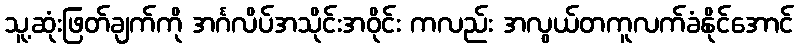
သူ့ဆုံးဖြတ်ချက်ကို အင်္ဂလိပ်အသိုင်းအဝိုင်း ကလည်း အလွယ်တကူလက်ခံနိုင်အောင်